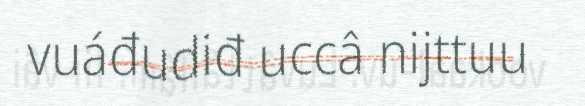
vuáđudiđ uccâ nijttuu